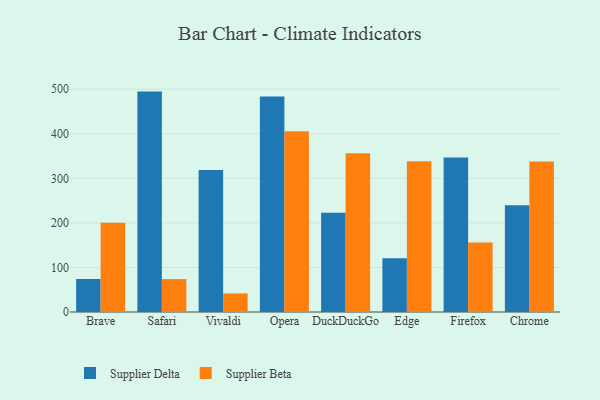
{"axis": {"x": "Browser", "y": "Market Share (%)"}, "legend": ["Supplier Beta", "Supplier Delta"], "data": [{"x": "Brave", "y": 74.0, "type": "Supplier Delta"}, {"x": "Brave", "y": 200.2, "type": "Supplier Beta"}, {"x": "Safari", "y": 494.6, "type": "Supplier Delta"}, {"x": "Safari", "y": 73.8, "type": "Supplier Beta"}, {"x": "Vivaldi", "y": 318.6, "type": "Supplier Delta"}, {"x": "Vivaldi", "y": 41.7, "type": "Supplier Beta"}, {"x": "Opera", "y": 483.6, "type": "Supplier Delta"}, {"x": "Opera", "y": 405.4, "type": "Supplier Beta"}, {"x": "DuckDuckGo", "y": 222.6, "type": "Supplier Delta"}, {"x": "DuckDuckGo", "y": 356.1, "type": "Supplier Beta"}, {"x": "Edge", "y": 120.8, "type": "Supplier Delta"}, {"x": "Edge", "y": 338.1, "type": "Supplier Beta"}, {"x": "Firefox", "y": 346.5, "type": "Supplier Delta"}, {"x": "Firefox", "y": 155.9, "type": "Supplier Beta"}, {"x": "Chrome", "y": 239.8, "type": "Supplier Delta"}, {"x": "Chrome", "y": 337.5, "type": "Supplier Beta"}]}